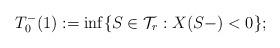
LaTeX: \begin{align*} T_{0}^-(1) := \inf\{ S \in \mathcal{T}_r : X(S-) < 0 \}; \end{align*}